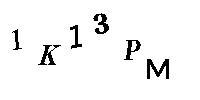
1K13PM